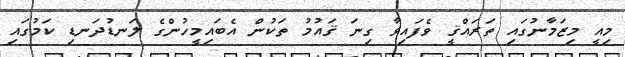
މިއީ މިޒަމާނުގައި ތަރައްޤީ ވެފައިވާ ގިނަ ޤައުމު ތަކުން އެބައިމީހުންގެ ލަނޑުދަނޑި ކަމުގައި